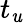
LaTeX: t_{\mathit{u}}